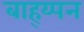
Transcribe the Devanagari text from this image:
बाह्य्पन